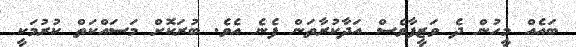
ބައެއް މީހުން ދެ ވަޒީފާވެސް އަދާކުރާތަން ފެނެ އެވެ. ބުރަކޮށް މަސައްކަތް ކުރުމަކީ